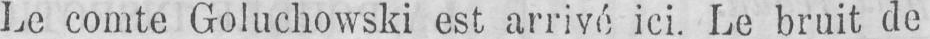
Le comte Goluchowski est arrivé ici. Le bruit de